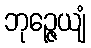
ဘုဉ္ဇေယျံ